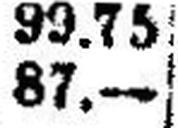
87.—